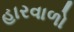
હારવાળો